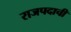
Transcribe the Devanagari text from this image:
राजपदाची